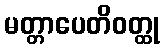
မတ္တာပေတိဝတ္ထု